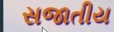
સજાતીય